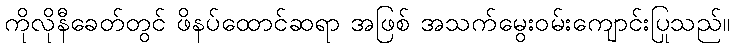
ကိုလိုနီခေတ်တွင် ဖိနပ်ထောင်ဆရာ အဖြစ် အသက်မွေးဝမ်းကျောင်းပြုသည်။